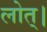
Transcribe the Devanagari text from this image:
लोत्।